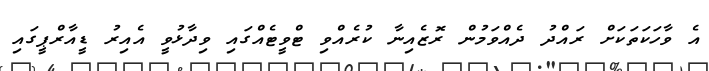
އެ ވާހަކަތަކަށް ރައްދު ދެއްވަމުން ރޮޒެއިނާ ކުރެއްވި ޓްވީޓެއްގައި ވިދާޅުވީ އެއިރު ޑީއާރްޕީގައި